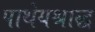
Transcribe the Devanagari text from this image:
पाथेयश्राद्ध